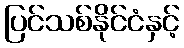
ပြင်သစ်နိုင်ငံနှင့်